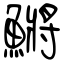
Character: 鱂